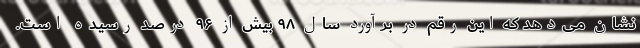
نشان می‌دهد که این رقم در برآورد سال ۹۸ بیش از ۹۶ درصد رسیده است.